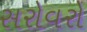
સરોવરો